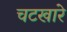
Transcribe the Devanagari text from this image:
चटखारे